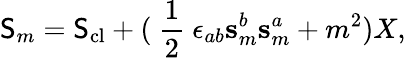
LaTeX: \mathsf{S}_{m}=\mathsf{S}_{\mathrm{{cl}}}+(\mathrm{{~\frac{{1}}{{2}}~}}\epsilon_{ab}\mathbf{{s}}_{m}^{b}\mathbf{{s}}_{m}^{a}+m^{2})X,